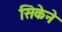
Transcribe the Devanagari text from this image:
सिकेने